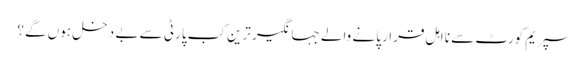
سپریم کورٹ سے نا اہل قرار پانے والے جہانگیر ترین کب پارٹی سے بے دخل ہوں گے؟